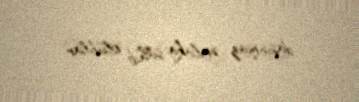
daşınmaz əmlaka sahib olublar.